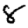
Digit: 8